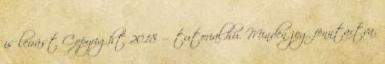
is leírást Copyright 2018 — tutorial.hu. Minden jog fenntartva.